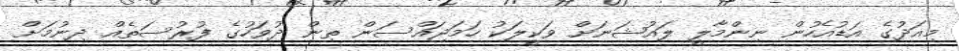
މިއަދުގެ އަޑުއެހުން ނިންމާލީ ލައުޝަނަށް ވަކީލަކު ހަމަޖައްސަން ތިން ދުވަހުގެ ފުރުސަތެއް ދިނުމަށް